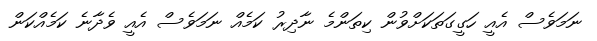
ނަމަވެސް އެއީ ހަގީގަތަކަށްވުން ކިތަންމެ ނާދިރު ކަމެއް ނަމަވެސް އެއީ ވެދާނެ ކަމެއްކަން